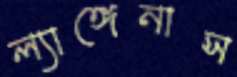
ল্যাঙ্গেনাস